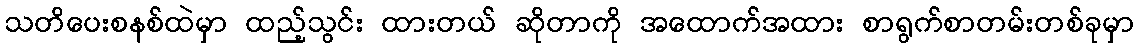
သတိပေးစနစ်ထဲမှာ ထည့်သွင်း ထားတယ် ဆိုတာကို အထောက်အထား စာရွက်စာတမ်းတစ်ခုမှာ